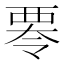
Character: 𮗁